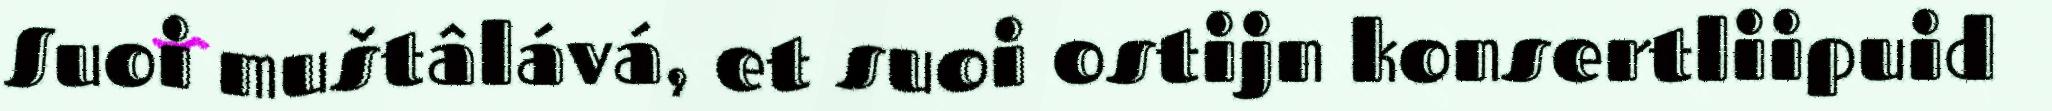
Suoi muštâlává, et suoi ostijn konsertliipuid